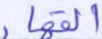
القهار